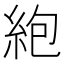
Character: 𫃠